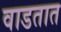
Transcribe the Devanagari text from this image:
वाडतात